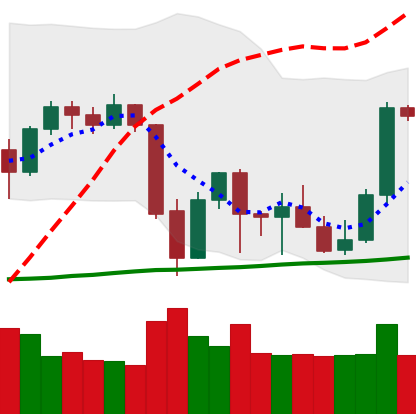
Ticker: BTC-USD
Chart end date: 2021-10-02
Forward return: 12.774%
Label: up_7plus